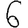
Digit: 6